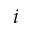
i